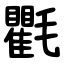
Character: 氍